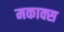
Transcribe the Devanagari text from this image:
मकाक्स